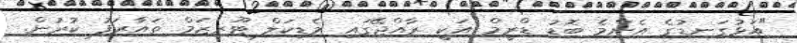
"އަޅުގަނޑުގެ އެންމެ ބޮޑު ޑްރީމް އަކީ ރާއްޖޭގައި މެޑިކަލް ޓޫރިޒަމް ތައާރަފު ކުރުން.